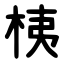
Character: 桋